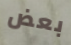
بعض